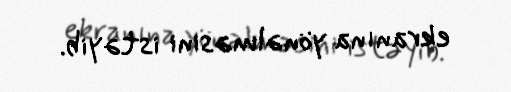
ekranına yönəlməsini istəyib.